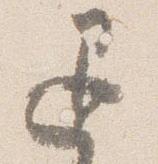
退